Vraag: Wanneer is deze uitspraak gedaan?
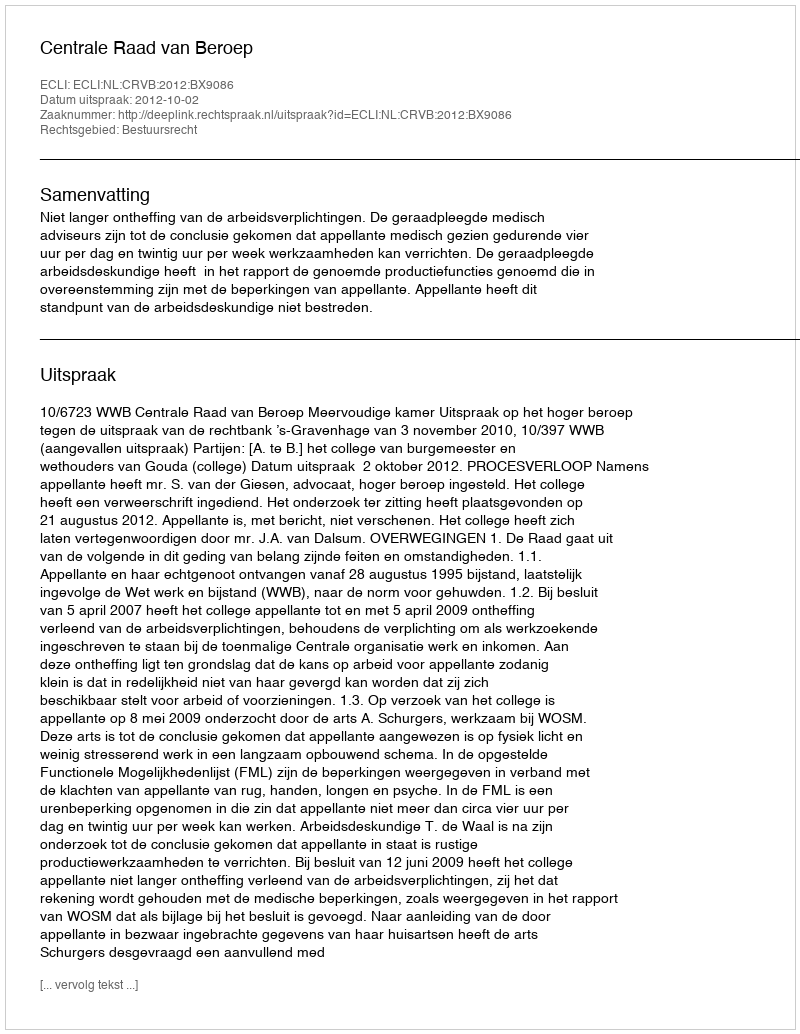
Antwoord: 2012-10-02